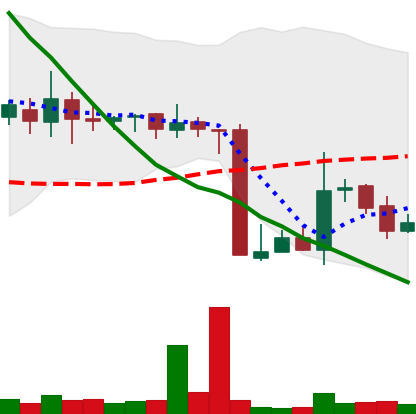
Ticker: XMR-USD
Chart end date: 2018-10-19
Forward return: 3.111%
Label: up_3_5